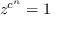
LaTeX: z ^ { c ^ { n } } = 1